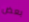
بعض